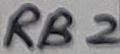
Text: RB2